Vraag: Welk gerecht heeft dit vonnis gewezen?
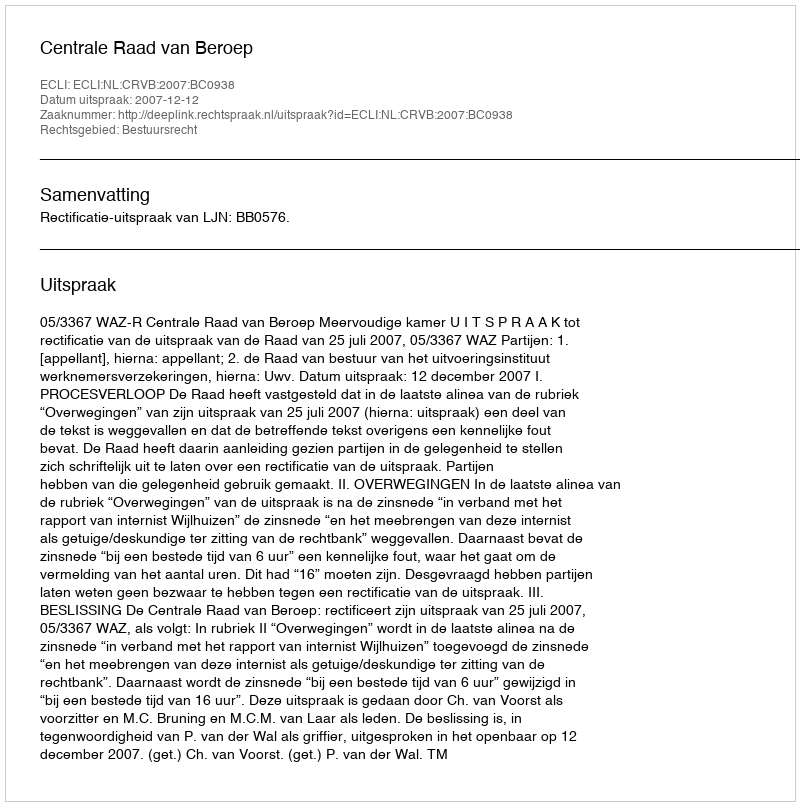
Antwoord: Centrale Raad van Beroep